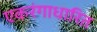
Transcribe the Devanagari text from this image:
एकरंगाधारित